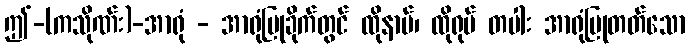
ဤ-(ကသိုဏ်း)-အာရုံ - အာရုံပြုခိုက်တွင် ထိုနာမ်၊ ထိုရုပ် တပါး အာရုံပြုတတ်သော